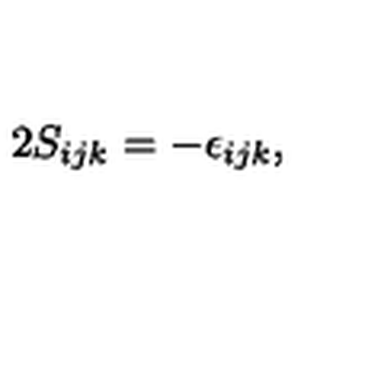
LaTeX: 2 S _ { i j k } = - \epsilon _ { i j k } ,